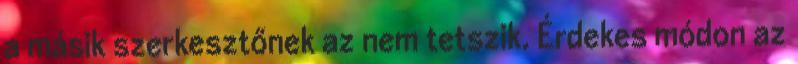
a másik szerkesztőnek az nem tetszik. Érdekes módon az